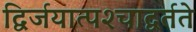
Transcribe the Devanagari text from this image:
द्विर्जयात्पश्‍चाद्वर्तते